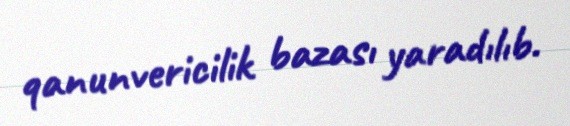
qanunvericilik bazası yaradılıb.